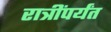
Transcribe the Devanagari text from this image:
रात्रींपर्यंत